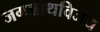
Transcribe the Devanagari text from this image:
जगन्नाथविजय